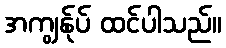
အကျွန်ုပ် ထင်ပါသည်။